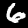
Label: 6